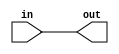
module non_inverting_buffer (
    input wire in,
    output reg out
);

assign out = in;

endmodule